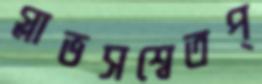
গ্লাভসশ্বেতপ্